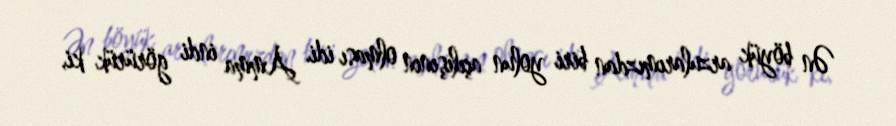
Ən böyük arzularımızdan biri yolun açılışının olması idi. Amma indi görürük ki,